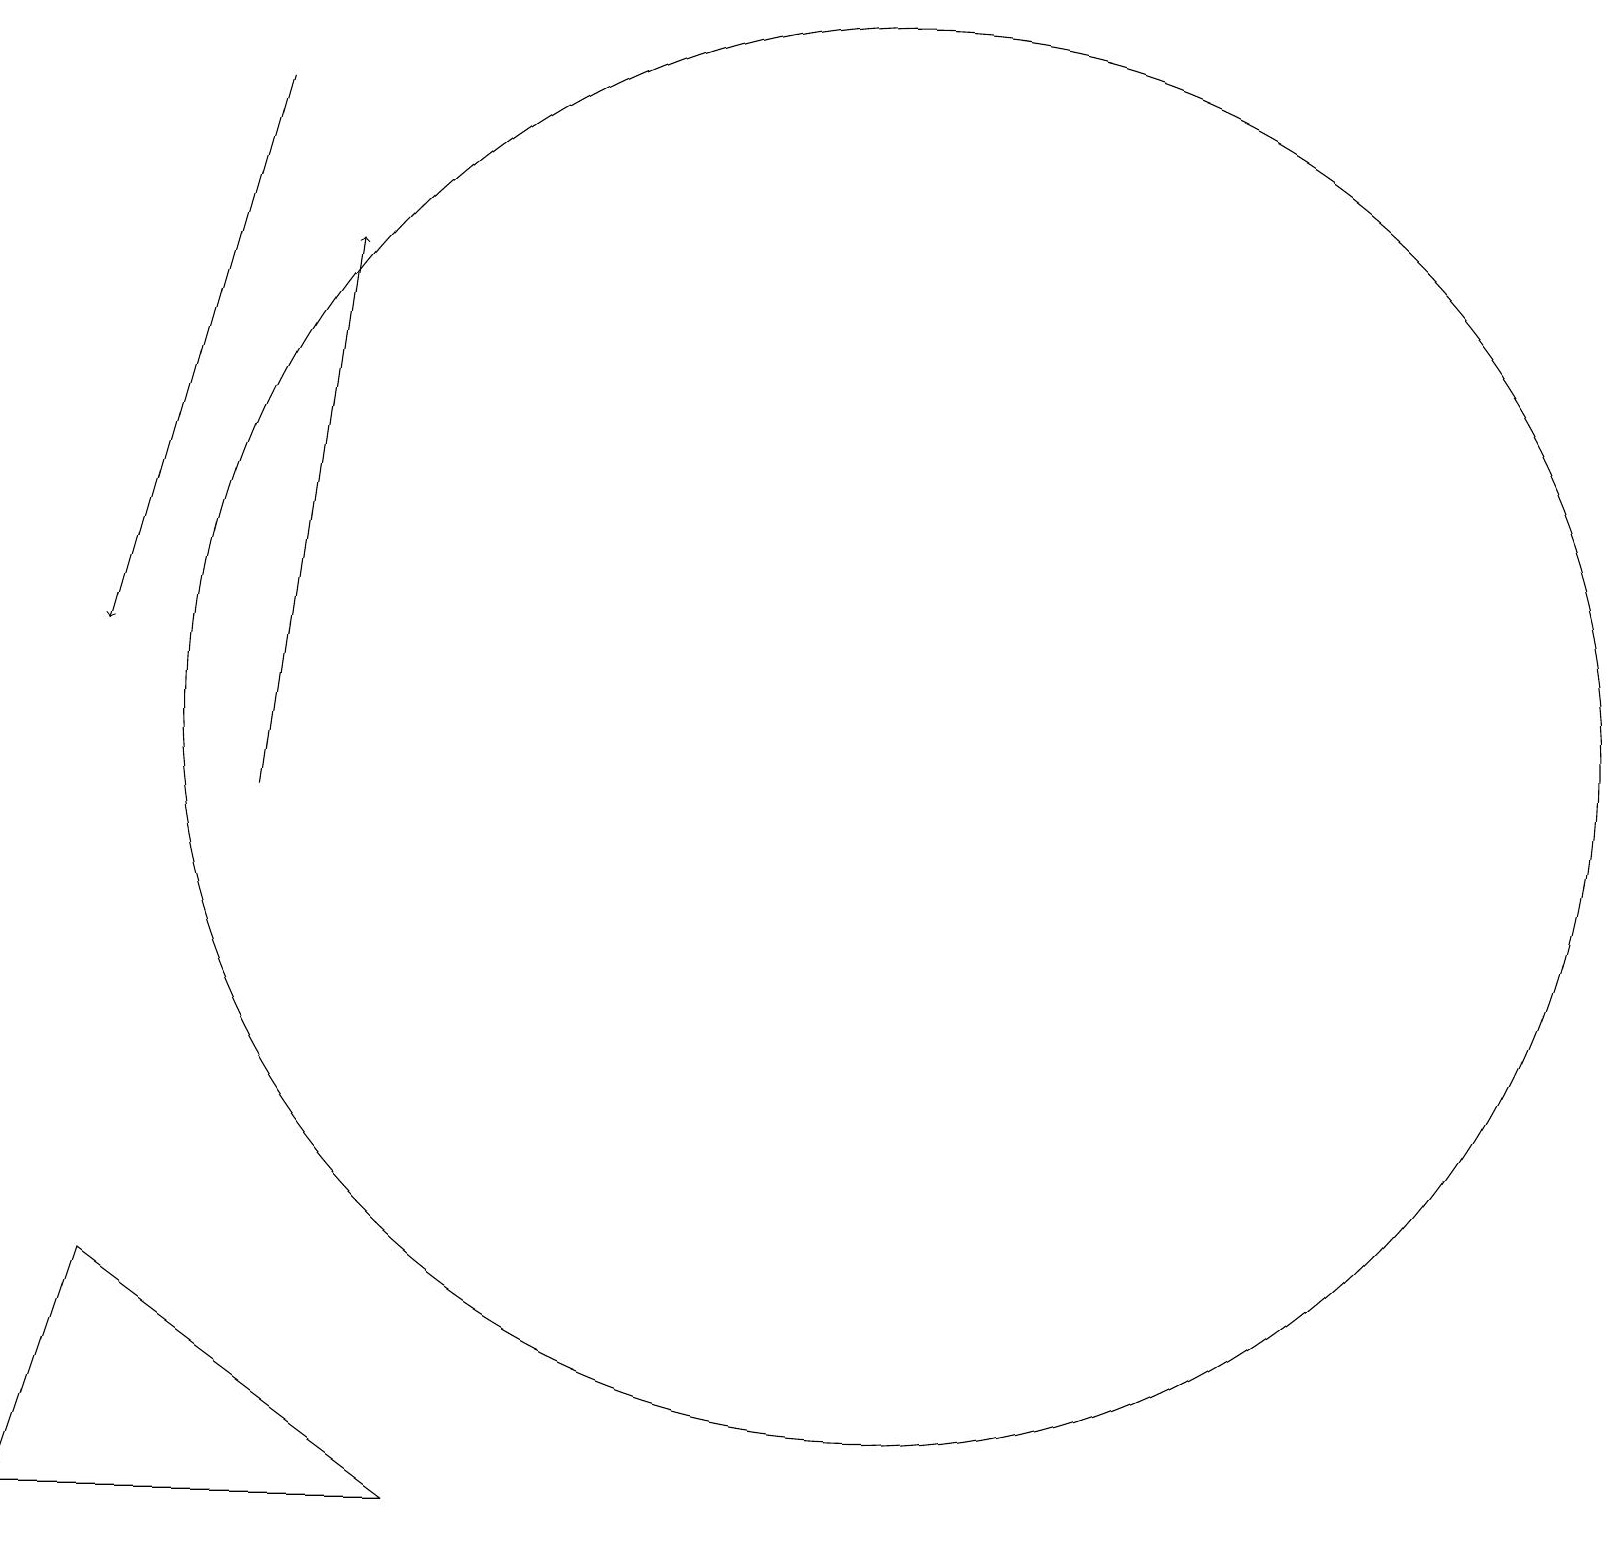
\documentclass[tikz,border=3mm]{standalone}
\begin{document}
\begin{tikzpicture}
\draw (11,11) circle (9);
\draw[->] (3,10) -- (4,17);
\draw (12,12) circle (0);
\draw (1,4) -- (5,1) -- (0,1) -- cycle;
\draw[->] (3,19) -- (1,12);
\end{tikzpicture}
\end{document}